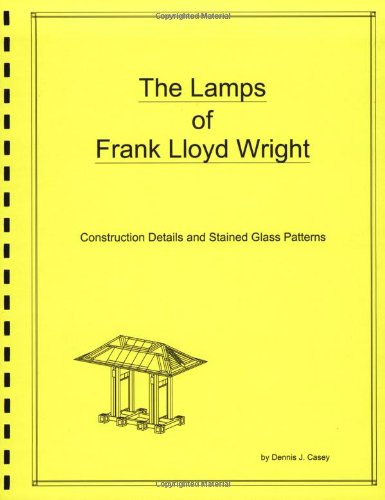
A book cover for The Lamps of Frank Lloyd Wright; Dennis J. Casey; Crafts, Hobbies & Home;